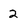
Character: 2